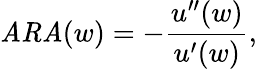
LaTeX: {\mathit{ARA}}(w)=-{\frac{u^{\prime\prime}(w)}{u^{\prime}(w)}},